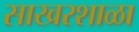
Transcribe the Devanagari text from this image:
साखरशाळा